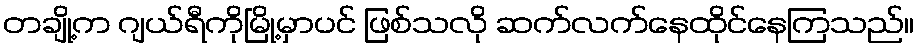
တချို့က ဂျယ်ရီကိုမြို့မှာပင် ဖြစ်သလို ဆက်လက်နေထိုင်နေကြသည်။